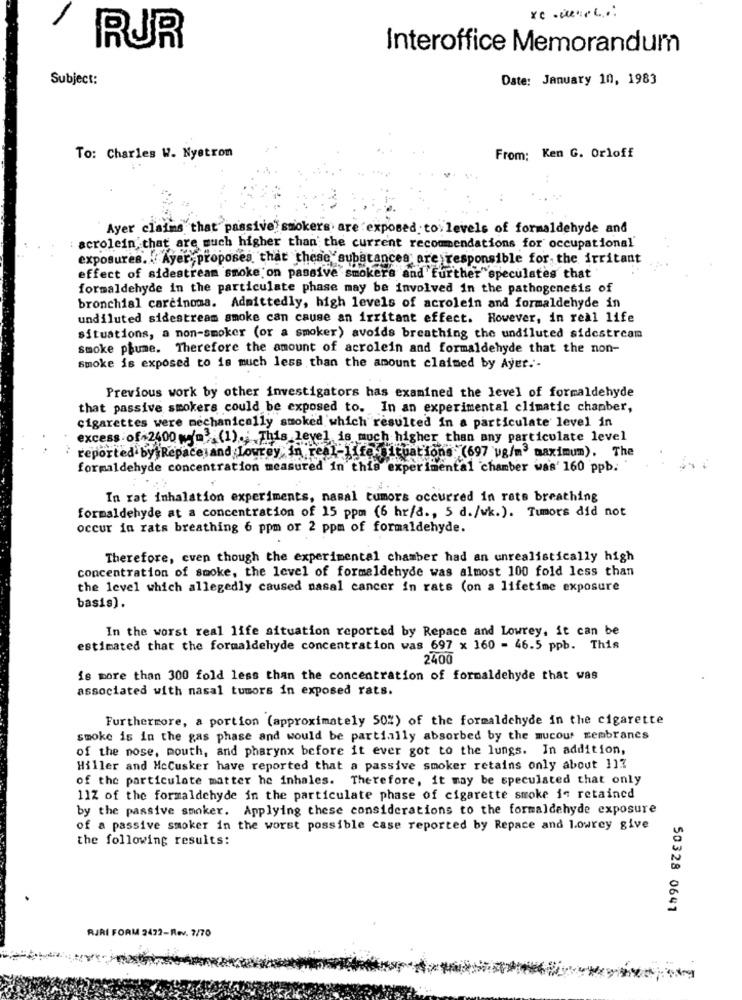
RUR
Interoffice Memorandum
Subject:
Date: January 10, 1983
To: Charles W. Nyetron
From: Ken G. Orloff
Ayer claims that passive smokers are exposed to levels of formaldehyde and
acrolein that are much higher than the current recommendations for occupational
exposures. Ayer- proposes, that these substances are responsible for the irritant
effect of sidestream smoke on passive smokers and further speculates that
formaldehyde in the particulate phase may be involved in the pathogenesis of
bronchial carcinoma. Admittedly, high levels of acrolein and formaldehyde in
undiluted sidestream smoke can cause an irritant effect. However, in real life
situations, a non-smoker (or a smoker) avoids breathing the undiluted sidestream
smoke phume. Therefore the amount of acrolein and formaldehyde that the non-
smoke is exposed to is much less than the amount claimed by Ayet.'-
Previous work by other investigators has examined the level of formaldehyde
that passive smokers could be exposed to. In an experimental climatic chamber,
cigarettes were mechanically smoked which resulted in a particulate level in
excess of 2600 wan (1) .; This level is much higher than any particulate level
reported by Repace and lowrey in real-life. tuations (697 ug/m3 maximum). The
formaldehyde concentration measured in this experimental chamber was' 160 ppb.
In rat inhalation experiments, nasal tumors occurred in rets breathing
formaldehyde at a concentration of 15 ppm (6 hr/a ., 5 d./wk.). Tumors did not
occur in rats breathing 6 ppm or 2 ppm of formaldehyde.
Therefore, even though the experimental chamber had an unrealistically high
concentration of smoke, the level of formaldehyde was almost 100 fold less than
the level which allegedly caused nasal cancer in rats (on a lifetime exposure
basis).
In the worst real life situation reported by Repace and Lowrey, it can be
estimated that the formaldehyde concentration was 697 x 160 = 46.5 ppb. This
2400
is more than 300 fold less than the concentration of formaldehyde that was
associated with nasal tumors in exposed rats.
Furthermore, a portion (approximately 50%) of the formaldehyde in the cigarette
smoke is in the gas phase and would be partially absorbed by the mucous membranes
of the nose, mouth, and pharynx before it ever got to the lungs. In addition,
Hiller and HcCusker have reported that a passive smoker retains only about 117
of the particulate matter he inhales. Therefore, it may be speculated that only
11% of the formaldehyde in the particulate phase of cigarette smoke in retained
by the passive smoker. Applying these considerations to the formaldehyde exposure
of a passive smoker in the worst possible case reported by Repace and lowrey give
the following results:
50328 0641
RJRI FORM 2422-Rev. 7/70